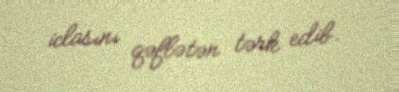
iclasını qəflətən tərk edib.